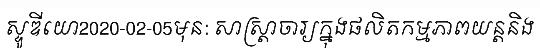
ស្ទូឌីយោ2020-02-05មុន: សាស្ត្រាចារ្យក្នុងផលិតកម្មភាពយន្តនិង